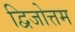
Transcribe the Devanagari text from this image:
द्विजोत्तम